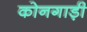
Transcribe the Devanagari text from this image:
कोनगाड़ी